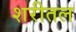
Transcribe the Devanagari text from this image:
शरीतल